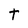
Character: t